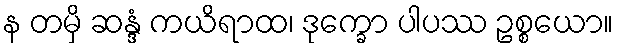
န တမှိ ဆန္ဒံ ကယိရာထ၊ ဒုက္ခော ပါပဿ ဥစ္စယော။